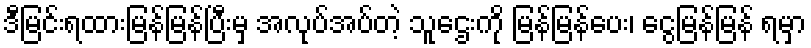
ဒီမြင်းရထားမြန်မြန်ပြီးမှ အလုပ်အပ်တဲ့ သူဌေးကို မြန်မြန်ပေး၊ ငွေမြန်မြန် ရမှာ